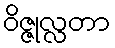
ဝိဇ္ဇုလ္လတာ